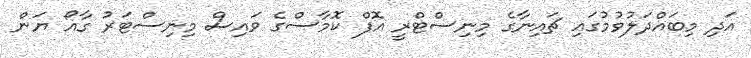
އަދި މިބައްދަލުވުމުގައި ޗައިނާގެ މިނިސްޓްރީ އޮފް ކޮމާސްގެ ވައިސް މިނިސްޓަރު ގާއޯ ޔަން